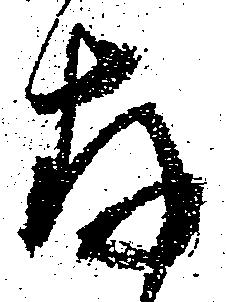
存